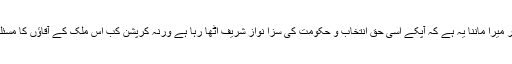
لیکن سر کار میرا ماننا یہ ہے کہ آپکے اسی حق انتخاب و حکومت کی سزا نواز شریف اٹھا رہا ہے ورنہ کرپشن کب اس ملک کے آقاؤں کا مسئلہ رہی ہے ۔